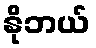
နိုဘယ်